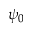
\psi _ { 0 }